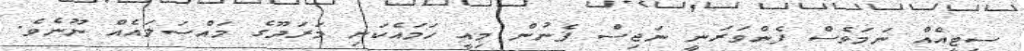
ސިޓީއެއް ނަމަވެސް ފެންވަރަނީ ނަޖިސް ފެނުން މިއީ ހަމައެކަނި މަރަދޫގެ މައްސަލައެއް ނޫނެވެ.